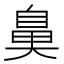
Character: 𮮱